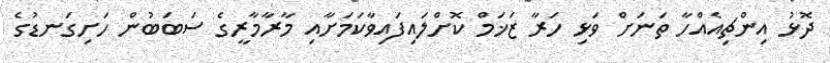
ދޮޅު އިންޗިއެއްހާ ތަނަށް ވަޅި ހަރާ ޒަޚަމް ކޮށްލައިފައިވާކަމަށާއި މާރާމާރީގެ ސަބަބުން ހަށިގަނޑުގެ